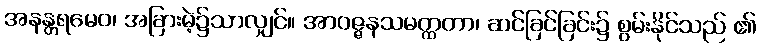
အနန္တရမေဝ၊ အခြားမဲ့၌သာလျှင်။ အာဝဇ္ဇနသမတ္ထတာ၊ ဆင်ခြင်ခြင်း၌ စွမ်းနိုင်သည် ၏